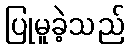
ပြုမူခဲ့သည်